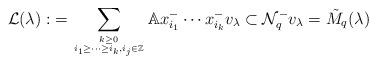
LaTeX: \begin{align*}\mathcal L(\lambda):&=\sum_{k\geq 0\atop i_1\geq \dots\geq i_k, i_j\in\mathbb Z}\mathbb Ax^-_{i_1}\cdots x^-_{i_k}v_\lambda\subset \mathcal N_q^-v_\lambda=\tilde M_q(\lambda)\end{align*}